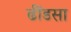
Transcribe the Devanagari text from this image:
ढींडसा